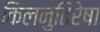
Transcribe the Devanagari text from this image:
किलनुतिरेषा